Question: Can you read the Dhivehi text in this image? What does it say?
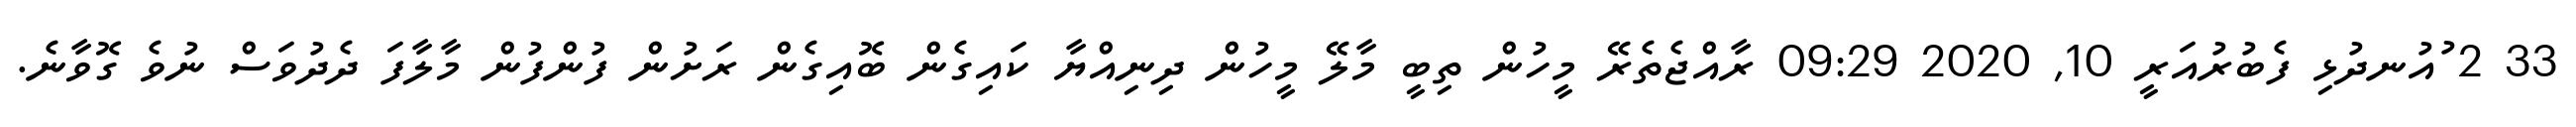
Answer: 33 2 ުއުނދުޅި ފެބުރުއަރީ 10, 2020 09:29 ރާއްޖެތެރޭ މީހުން ތިބީ މާލޭ މީހުން ދިނިއްޔާ ކައިގެން ބޮއިގެން ރަށުން ފުންފުން މާލާފަ ދެދުވަސް ނުވެ ގޮވާނެ.